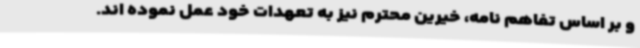
و بر اساس تفاهم نامه، خیرین محترم نیز به تعهدات خود عمل نموده اند.